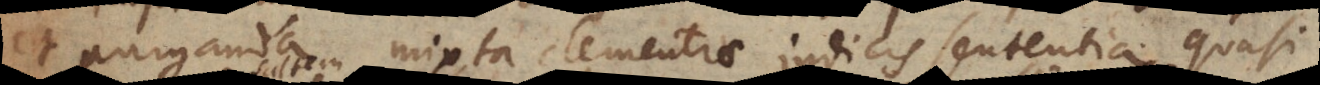
et purganda mixta clementiae judicis sententia quasi